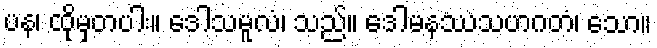
ပန၊ ထိုမှတပါး။ ဒေါသမူလံ၊ သည်။ ဒေါမနဿသဟဂတံ၊ သော။